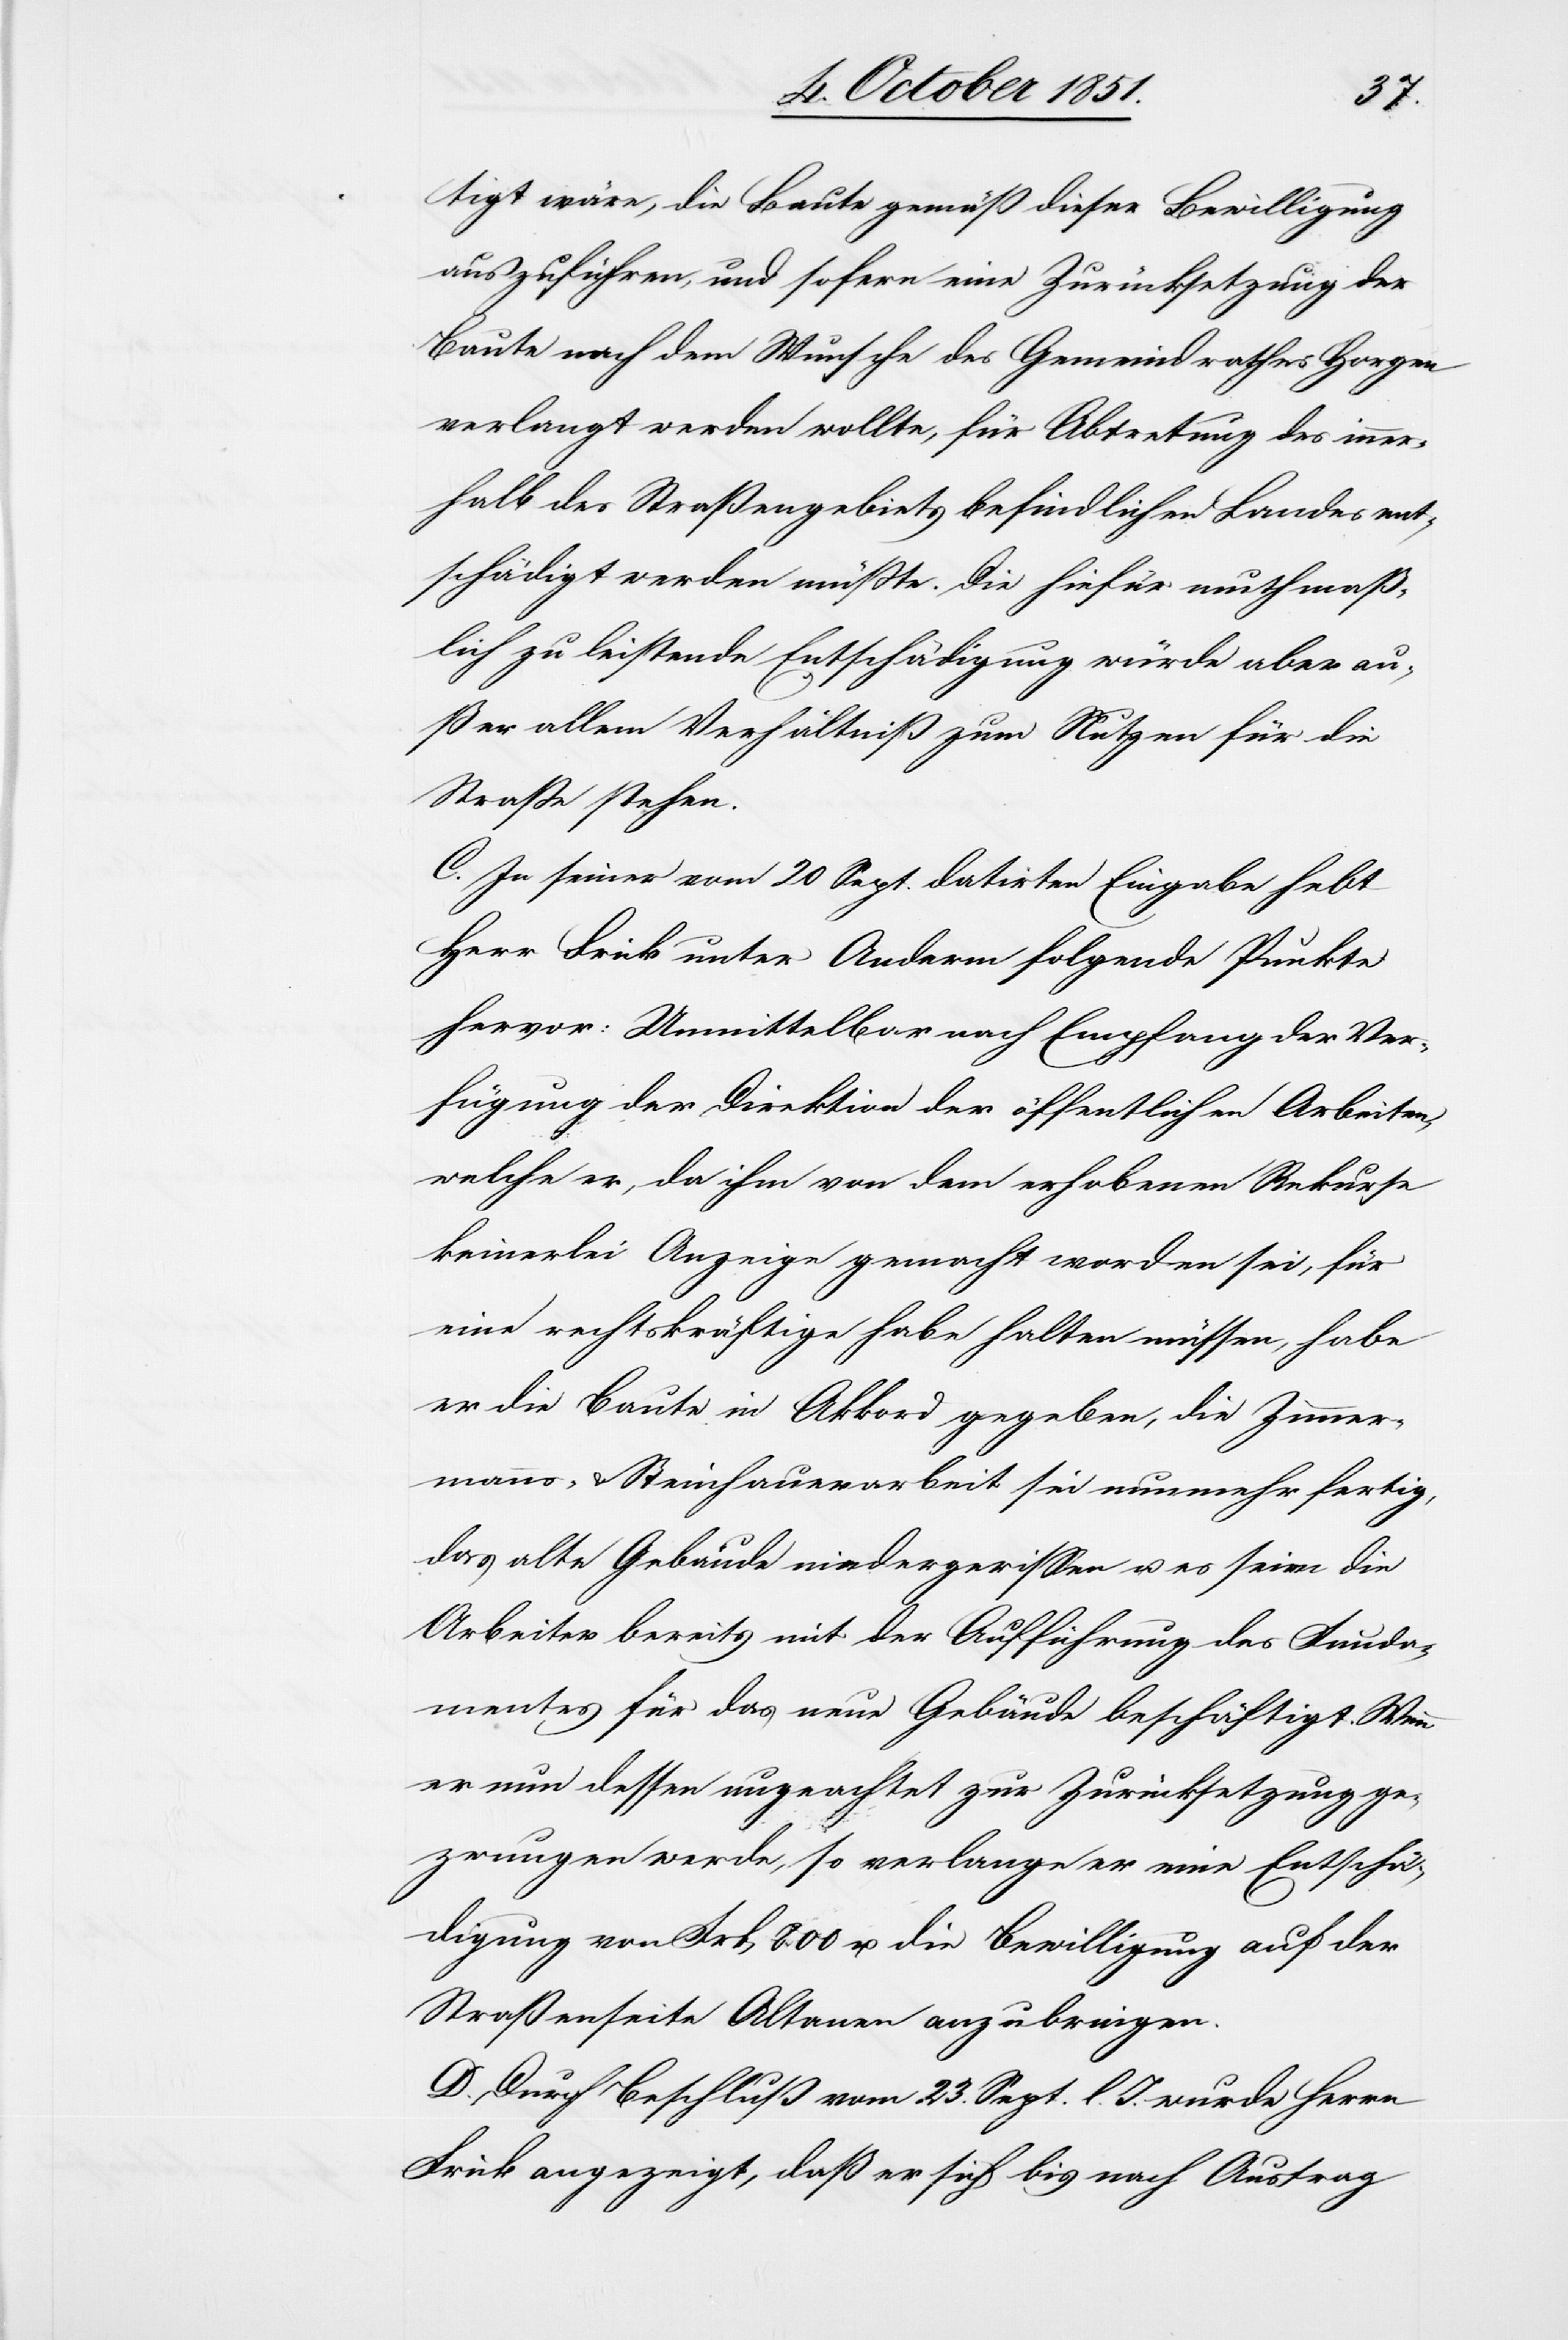
tigt wäre, die Baute gemäß dieser Bewilligung
auszuführen, und sofern eine Zurücksetzung der
Baute nach dem Wunsche des Gemeindrathes Horgen
verlangt werden wollte, für Abtretung des inner¬
halb des Straßengebiets befindlichen Landes ent¬
schädigt werden müßte. Die hiefür muthmaß¬
lich zu leistende Entschädigung würde aber au¬
ßer allem Verhältniß zum Nutzen für die
Straße stehen.
C. In seiner vom 20 Sept. datirten Eingabe hebt
Herr Frick unter Anderm folgende Punkte
hervor: Unmittelbar nach Empfang der Ver¬
fügung der Direktion der öffentlichen Arbeiten,
welche er, da ihm von dem erhobenen Rekurse
keinerlei Anzeige gemacht worden sei, für
eine rechtskräftige habe halten müssen, habe
er die Baute in Akkord gegeben, die Zimmer¬
manns- & Steinhauerarbeit sei nunmehr fertig,
das alte Gebäude niedergerissen u. es seien die
Arbeiter bereits mit der Aufführung des Funda¬
mentes für das neue Gebäude beschäftigt. Wenn
er nun dessen ungeachtet zur Zurücksetzung ge¬
zwungen werde, so verlange er eine Entschä¬
digung von Frk 800 u. die Bewilligung auf der
Straßenseite Altanen anzubringen.
D. Durch Beschluß vom 23. Sept. l. J. wurde Herrn
Frick angezeigt, daß er sich bis nach Austrag